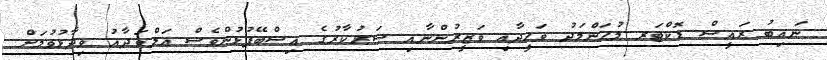
ނައިބު ރައީސް ޑޮކްޓަރ މުޙަންމަދު ވަޙީދާއި ވަޒީރުންނާއި ސަރުކާރުގެ އިސްބޭފުޅުންވެސް އަލްވަދާޢު ވިދާޅުވުމަށް